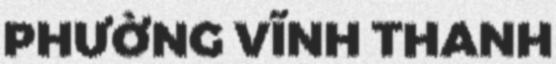
PHƯỜNG VĨNH THANH